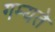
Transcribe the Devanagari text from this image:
गम्यते